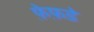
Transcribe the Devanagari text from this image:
फ़ेफ़डे